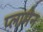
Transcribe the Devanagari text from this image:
प्लामेन